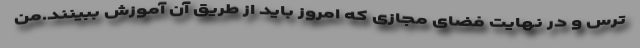
ترس و در نهایت فضای مجازی که امروز باید از طریق آن آموزش ببینند.من